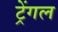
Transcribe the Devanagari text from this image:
ट्रेंगल